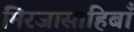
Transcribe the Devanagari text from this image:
मिरजासाहिबाँ